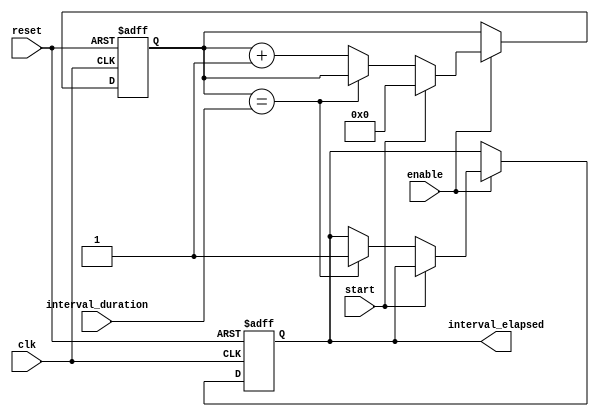
module Interval_Timer (
    input clk,
    input reset,
    input enable,
    input start,
    input [31:0] interval_duration,
    output reg interval_elapsed
);

reg [31:0] count;

always @(posedge clk or posedge reset) begin
    if (reset) begin
        count <= 0;
        interval_elapsed <= 0;
    end else begin
        if (enable) begin
            if (start) begin
                count <= 0;
            end else begin
                if (count == interval_duration) begin
                    interval_elapsed <= 1;
                end else begin
                    count <= count + 1;
                end
            end
        end
    end
end

endmodule